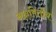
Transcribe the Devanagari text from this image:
अक्षमितीय